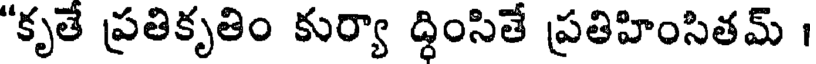
"కృతే ప్రతికృతిం కుర్యా ద్ధింసితే ప్రతిహింసితమ్ ।